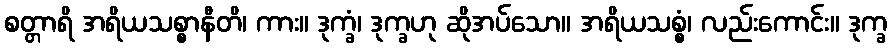
စတ္တာရိ အရိယသစ္စာနီတိ၊ ကား။ ဒုက္ခံ၊ ဒုက္ခဟု ဆိုအပ်သော။ အရိယသစ္စံ၊ လည်းကောင်း။ ဒုက္ခ